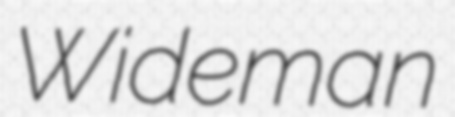
Wideman